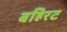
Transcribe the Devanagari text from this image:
बहिरट